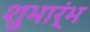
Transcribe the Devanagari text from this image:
शुभार्ंभ